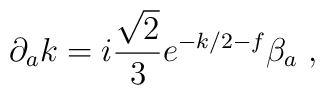
\partial_a k = i\frac{\sqrt{2}}{3}e^{-k/2-f}\beta_a \; ,